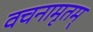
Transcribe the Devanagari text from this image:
वचनामृतम्